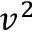
v ^ { 2 }